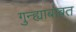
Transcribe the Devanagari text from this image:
गुन्ह्याबाबत